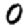
Digit: 0